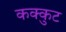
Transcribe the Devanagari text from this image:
कक्कुट